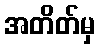
အတိတ်မှ